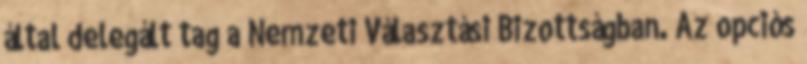
által delegált tag a Nemzeti Választási Bizottságban. Az opciós